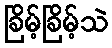
ခြိမ့်ခြိမ့်သဲ